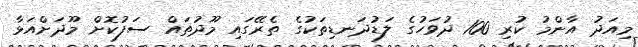
މިއަދު އާންމު ކުރި 100 ދުވަހުގެ ލަޑުދަނޑިތަކުގެ ތެރޭގައި މޫދުތައް ސަފުކޮށް މޫދަށްއަޅާ